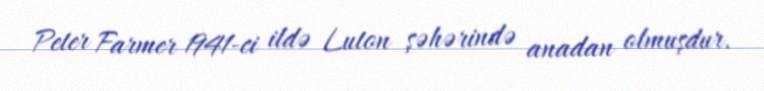
Peter Farmer 1941-ci ildə Luton şəhərində anadan olmuşdur.